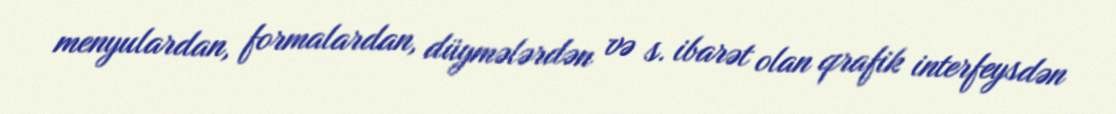
menyulardan, formalardan, düymələrdən və s. ibarət olan qrafik interfeysdən